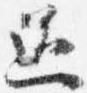
過